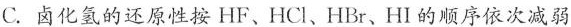
C.卤化氢的还原性按HF、HCl、HBr、HI的顺序依次减弱